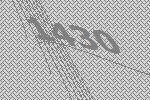
1430